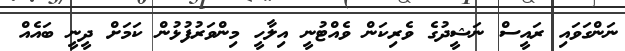
ނަންގަވައި ރައީސް ނަޝީދުގެ ވެރިކަން ވެއްޓުނީ އިލާހީ މިންވަރުފުޅުން ކަމަށް ދީނީ ބައެއް